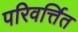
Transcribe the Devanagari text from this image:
परिवर्त्तित